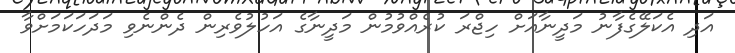
އަދި އެކަލޭގެފާނު މަދީނާއަށް ހިޖްރަ ކުރެއްވުމުން މަދީނާގެ އަހުލުވެރިން ދެންނެވި މަދަހަކަމަށްވާ